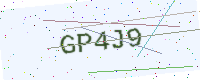
Text: GP4J9